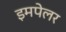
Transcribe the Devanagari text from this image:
इमपेलर